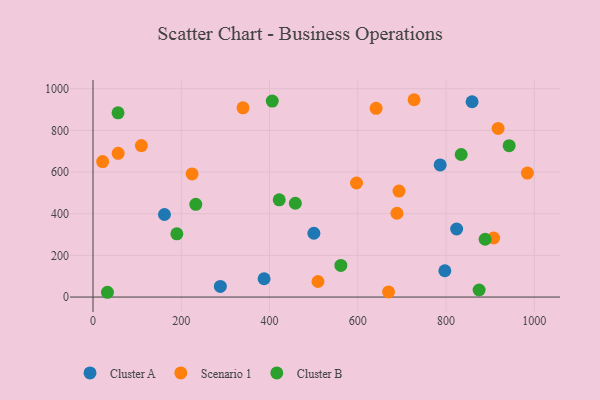
{"axis": {"x": "Price", "y": "Rating"}, "legend": ["Cluster A", "Cluster B", "Scenario 1"], "data": [{"x": "161.9", "y": 396.2, "type": "Cluster A"}, {"x": "786.7", "y": 634.1, "type": "Cluster A"}, {"x": "288.6", "y": 51.1, "type": "Cluster A"}, {"x": "500.5", "y": 306.3, "type": "Cluster A"}, {"x": "387.7", "y": 87.9, "type": "Cluster A"}, {"x": "859.0", "y": 937.4, "type": "Cluster A"}, {"x": "824.0", "y": 326.7, "type": "Cluster A"}, {"x": "797.3", "y": 126.3, "type": "Cluster A"}, {"x": "21.8", "y": 650.3, "type": "Scenario 1"}, {"x": "693.4", "y": 508.5, "type": "Scenario 1"}, {"x": "597.1", "y": 547.5, "type": "Scenario 1"}, {"x": "339.9", "y": 908.1, "type": "Scenario 1"}, {"x": "669.7", "y": 24.7, "type": "Scenario 1"}, {"x": "109.6", "y": 727.0, "type": "Scenario 1"}, {"x": "641.5", "y": 905.9, "type": "Scenario 1"}, {"x": "509.8", "y": 74.6, "type": "Scenario 1"}, {"x": "918.0", "y": 809.3, "type": "Scenario 1"}, {"x": "907.9", "y": 283.4, "type": "Scenario 1"}, {"x": "984.3", "y": 595.1, "type": "Scenario 1"}, {"x": "727.5", "y": 947.1, "type": "Scenario 1"}, {"x": "688.8", "y": 402.1, "type": "Scenario 1"}, {"x": "224.5", "y": 591.1, "type": "Scenario 1"}, {"x": "57.0", "y": 689.6, "type": "Scenario 1"}, {"x": "406.2", "y": 940.5, "type": "Cluster B"}, {"x": "190.0", "y": 303.5, "type": "Cluster B"}, {"x": "943.0", "y": 726.4, "type": "Cluster B"}, {"x": "232.9", "y": 445.2, "type": "Cluster B"}, {"x": "834.3", "y": 684.3, "type": "Cluster B"}, {"x": "422.0", "y": 466.6, "type": "Cluster B"}, {"x": "874.9", "y": 33.7, "type": "Cluster B"}, {"x": "32.7", "y": 22.9, "type": "Cluster B"}, {"x": "888.6", "y": 277.5, "type": "Cluster B"}, {"x": "561.6", "y": 151.9, "type": "Cluster B"}, {"x": "458.5", "y": 450.2, "type": "Cluster B"}, {"x": "56.7", "y": 884.1, "type": "Cluster B"}]}